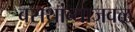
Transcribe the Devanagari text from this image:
बसथांब्याजवळ